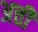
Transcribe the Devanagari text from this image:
अत्ती